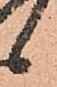
候